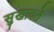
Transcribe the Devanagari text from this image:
सुखावते